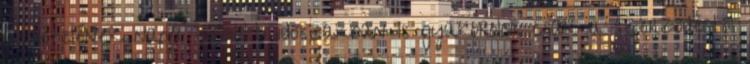
átvételének napja közötti időszakban is gyakorolni. csak a szerződéstől